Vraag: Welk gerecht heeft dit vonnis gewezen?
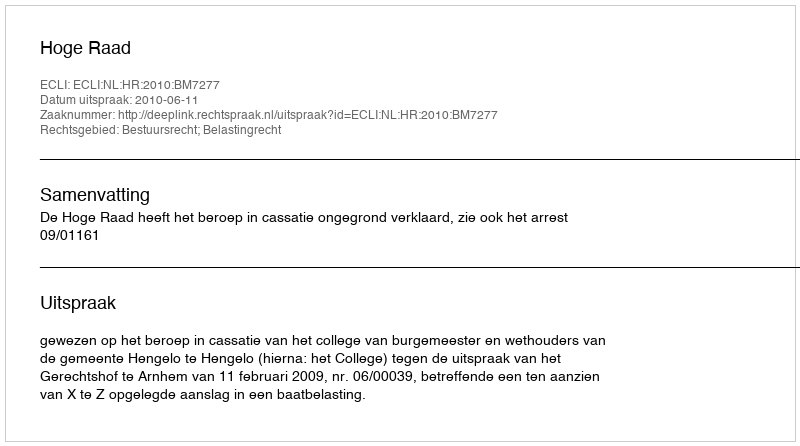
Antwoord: Hoge Raad